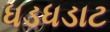
ધડધડાટ